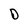
Character: D